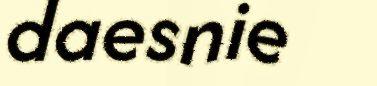
daesnie